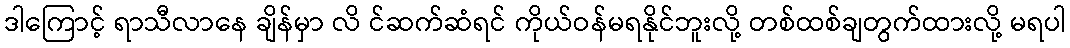
ဒါကြောင့် ရာသီလာနေ ချိန်မှာ လိ င်ဆက်ဆံရင် ကိုယ်ဝန်မရနိုင်ဘူးလို့ တစ်ထစ်ချတွက်ထားလို့ မရပါ